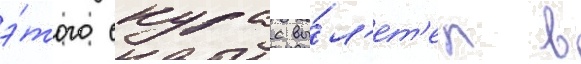
э́того скурас вы́л'ет'ел в